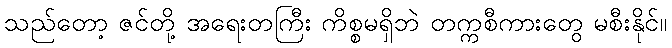
သည်တော့ ဇင်တို့ အရေးတကြီး ကိစ္စမရှိဘဲ တက္ကစီကားတွေ မစီးနိုင်။